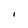
Character: I